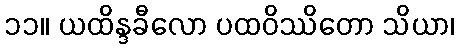
၁၁။ ယထိန္ဒခီလော ပထဝိဿိတော သိယာ၊